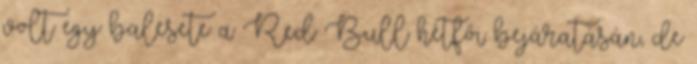
volt egy balesete a Red Bull hétfői bejáratásán, de